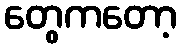
တွေကတော့